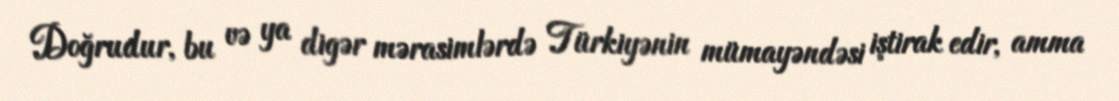
Doğrudur, bu və ya digər mərasimlərdə Türkiyənin mümayəndəsi iştirak edir, amma